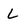
Character: L